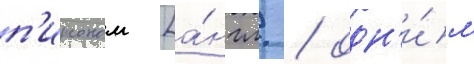
п'ирсоном [а́нгл. / одн'и́м